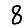
Digit: 8